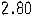
2.80